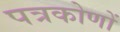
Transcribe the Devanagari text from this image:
पत्रकोणों